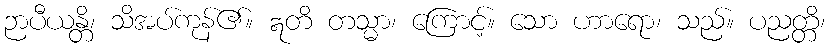
ဉာပီယန္တိ၊ သိအပ်ကုန်၏။ ဣတိ တသ္မာ၊ ကြောင့်။ သော ဟာရော၊ သည်။ ပညတ္တိ၊